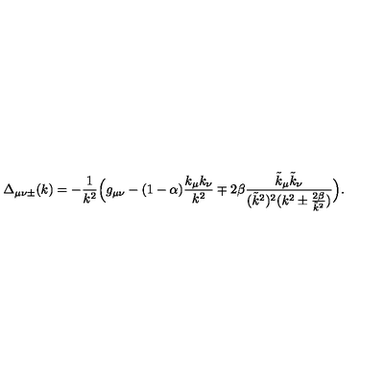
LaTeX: \Delta _ { \mu \nu \pm } ( k ) = - \frac 1 { k ^ { 2 } } \Big ( g _ { \mu \nu } - ( 1 - \alpha ) \frac { k _ { \mu } k _ { \nu } } { k ^ { 2 } } \mp 2 \beta \frac { \tilde { k } _ { \mu } \tilde { k } _ { \nu } } { ( \tilde { k } ^ { 2 } ) ^ { 2 } ( k ^ { 2 } \pm \frac { 2 \beta } { \tilde { k } ^ { 2 } } ) } \Big ) .